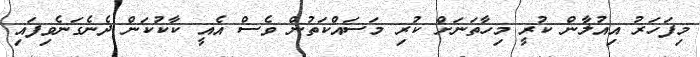
މިފަހަރު އިއުލާން ކުރީ މިހާތަނަށް ކުރި މަސައްކަތުން ވެސް އެއީ ކާކުކަން ދެނެގަނެވިފައި